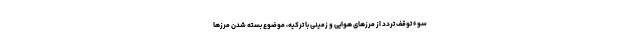
سوء توقف تردد از مرزهای هوایی و زمینی با ترکیه، موضوع بسته شدن مرزها